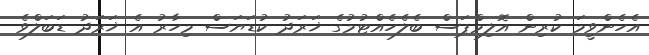
އެހެންވީމަ ކުރިން އޮލިމްޕަސް ބެލެހެއްޓުމުގެ ޚަރަދު ކުޑަޔަސް މިހާރު އެ ޚަރަދު ޑަބަލްވެ